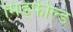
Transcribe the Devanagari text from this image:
मिड्फील्ड